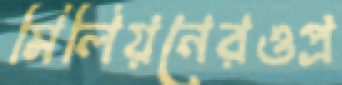
মিলিয়নেরওপ্র